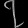
Digit: ၇